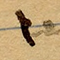
١٠